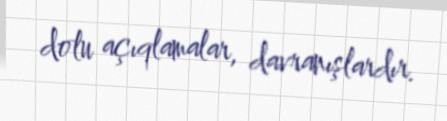
dolu açıqlamalar, davranışlardır.